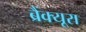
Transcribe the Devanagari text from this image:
ब्रैंक्यूरा